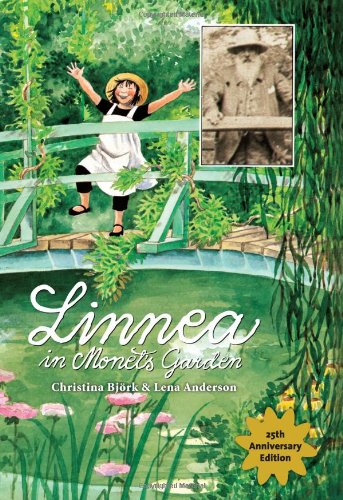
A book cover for Linnea in Monet's Garden; Christina BjÃ¶rk; Children's Books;